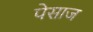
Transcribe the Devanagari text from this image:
पेसाज